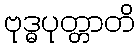
ဗုဒ္ဓပုတ္တာတိ